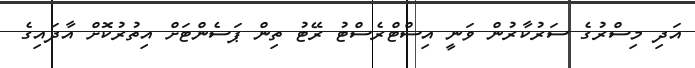
އަދި މިސްރުގެ ސަރުކާރުން ވަނީ އިސްޓްރެސްޓު ރޭޓު ތިން ޕަސެންޓަށް އިތުރުކޮށް އާދައިގެ